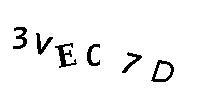
3VEC7D